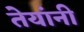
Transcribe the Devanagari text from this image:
तेयांनी